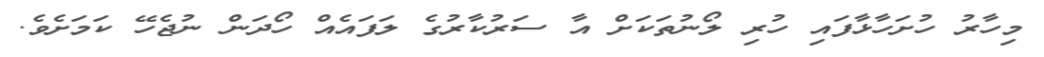
މިހާރު ހުށަހާޅާފައި ހުރި ލޯނުތަކަށް އާ ސަރުކާރުގެ ލަފައެއް ހޯދަން ނުޖެހޭ ކަމަށެވެ.